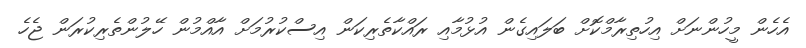
އެހެން މީހުންނަށް އިހުތިރާމްކޮށް ބަލައިގެން އުޅުމާއި ރައްކާތެރިކަން އިސްކުރުމަށް އާއްމުން ހޭލުންތެރިކުރަން ޖެހެ